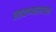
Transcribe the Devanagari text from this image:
लावण्यालायक